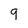
Character: 9